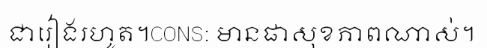
ជារៀងរហូត។CONS: មានផាសុខភាពណាស់។